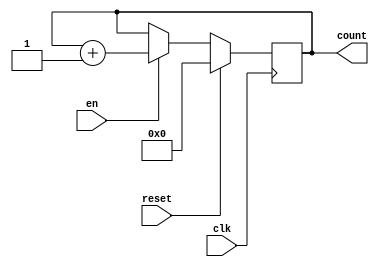
module sync_counter_sync_reset(input clk,en,reset, output reg[3:0] count);
initial count=0;
always@(posedge clk) begin
  if (reset == 0)begin
	if (en==1) begin
	count <= count + 1;
	end
   end
  else begin
  count <= 0;
  end
end
endmodule